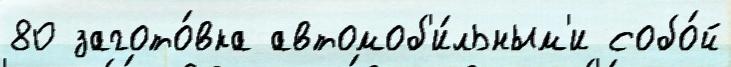
80 загото́вка автомоб'и́льным'и собо́й